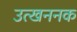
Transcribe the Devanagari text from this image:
उत्खननक